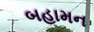
બહામન